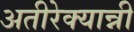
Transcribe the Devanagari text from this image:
अतीरेक्यान्नी